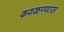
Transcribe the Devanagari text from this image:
ढवळण्यास